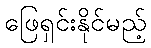
ဖြေရှင်းနိုင်မည့်